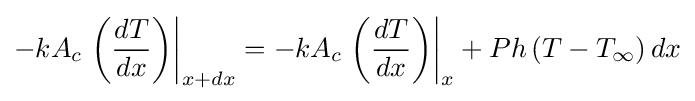
-kA_{c}\left.\left({\frac {dT}{dx}}\right)\right\vert _{x+dx}=-kA_{c}\left.\left({\frac {dT}{dx}}\right)\right\vert _{x}+Ph\left(T-T_{\infty }\right)dx